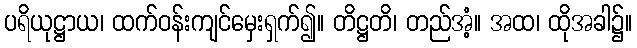
ပရိယုဋ္ဌာယ၊ ထက်ဝန်းကျင်မှေးရှက်၍။ တိဋ္ဌတိ၊ တည်အံ့။ အထ၊ ထိုအခါ၌။